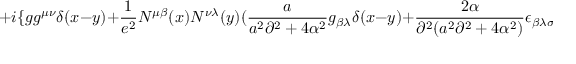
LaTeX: + i \{ g g ^ { \mu \nu } \delta ( x - y ) + { \frac { 1 } { e ^ { 2 } } } N ^ { \mu \beta } ( x ) N ^ { \nu \lambda } ( y ) ( { \frac { a } { a ^ { 2 } \partial ^ { 2 } + 4 \alpha ^ { 2 } } } g _ { \beta \lambda } \delta ( x - y ) + { \frac { 2 \alpha } { \partial ^ { 2 } ( a ^ { 2 } \partial ^ { 2 } + 4 \alpha ^ { 2 } ) } } \epsilon _ { \beta \lambda \sigma } \partial ^ { \sigma } \delta ( x - y ) ) \} ,